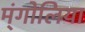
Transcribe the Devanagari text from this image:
म्ंगोलिया